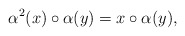
\begin{align*}\alpha^{2}(x)\circ\alpha(y)=x\circ\alpha(y),\end{align*}